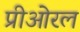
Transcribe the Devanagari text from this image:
प्रीओरल